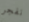
نفجر